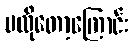
မလိုတော့ကြောင်း